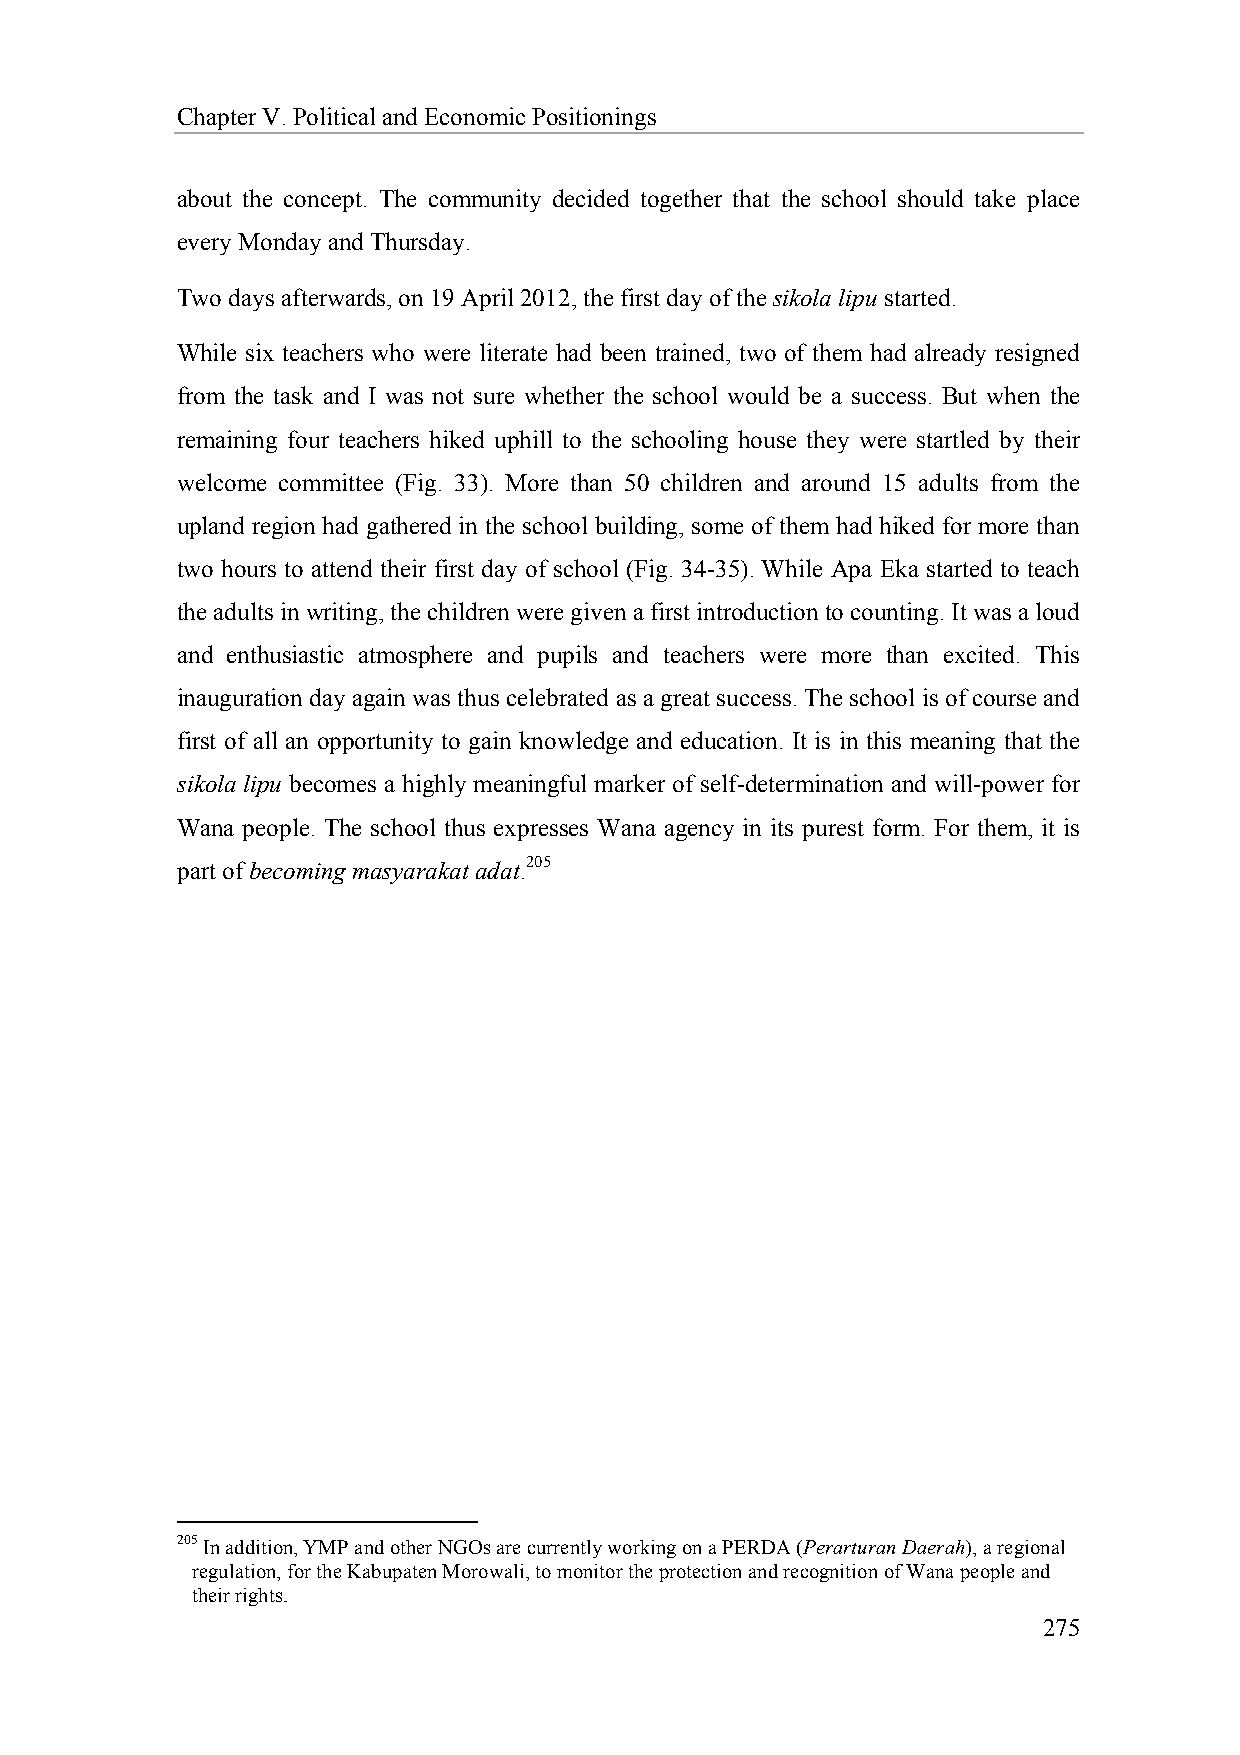
Chapter V. Political and Economic Positionings
 about the concept. The community decided together that the school should take place
 every Monday and Thursday.
 Two days afterwards, on 19 April 2012, the first day of the sikola lipu started.
 While six teachers who were literate had been trained, two of them had already resigned
 from the task and I was not sure whether the school would be a success. But when the
 remaining four teachers hiked uphill to the schooling house they were startled by their
 welcome committee (Fig. 33). More than 50 children and around 15 adults from the
 upland region had gathered in the school building, some of them had hiked for more than
 two hours to attend their first day of school (Fig. 34-35). While Apa Eka started to teach
 the adults in writing, the children were given a first introduction to counting. It was a loud
 and enthusiastic atmosphere and pupils and teachers were more than excited. This
 inauguration day again was thus celebrated as a great success. The school is of course and
 first of all an opportunity to gain knowledge and education. It is in this meaning that the
 sikola lipu becomes a highly meaningful marker of self-determination and will-power for
 Wana people. The school thus expresses Wana agency in its purest form. For them, it is
 part of becoming masyarakat adat.205
 205 In addition, YMP and other NGOs are currently working on a PERDA (Perarturan Daerah), a regional
 regulation, for the Kabupaten Morowali, to monitor the protection and recognition of Wana people and
 their rights.
 275